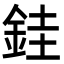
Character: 銈